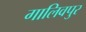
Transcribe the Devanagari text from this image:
गालिवपुर